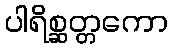
ပါရိစ္ဆတ္တကော